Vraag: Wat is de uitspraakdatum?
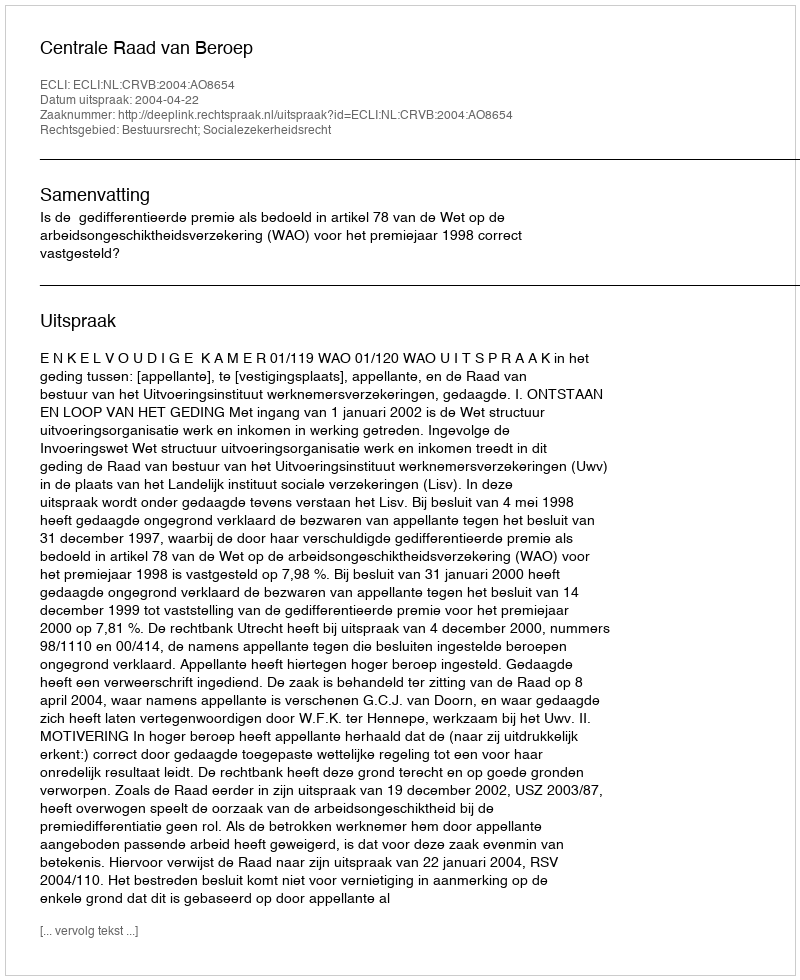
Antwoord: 2004-04-22